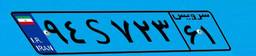
۹۴S۷۲۳۶۱